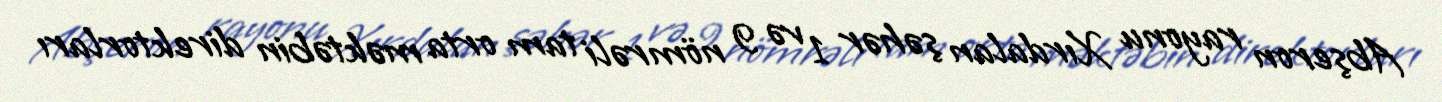
Abşeron rayonu Xırdalan şəhər 1 və 9 nömrəli tam orta məktəbin direktorları